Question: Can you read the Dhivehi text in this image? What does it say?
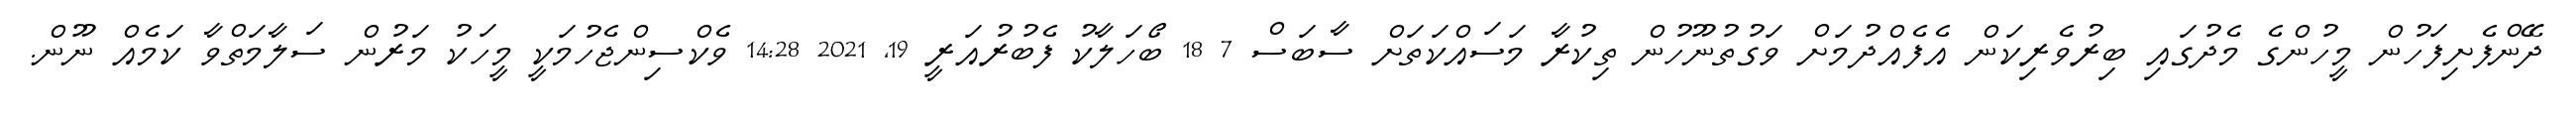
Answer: ދޭންފެށިފަހުން މީހުންގެ މެދުގައި ބިރުވެރިކަން އެފެއްދުމަށް ވަގުތުނޫހުން ތިކުރާ މަސައްކަތަށް ސާބަސް 7 18 ބޯހަލާކު ފެބުރުއަރީ 19, 2021 14:28 ވެކްސިންޖެހުމަކީ މީހަކު މަރުން ސަލާމަތްވާ ކަމެއް ނޫން.